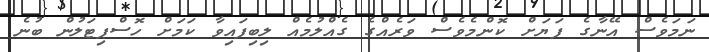
ނަމަވެސް އޭނާގެ ފަޔަށް ކޮންމެވެސް ވަރެއްގެ ގެއްލުމެއް ލިބިފައިވާ ކަމަށް ހޮސްޕިޓަލުން ބުނެ